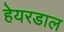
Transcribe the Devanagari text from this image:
हेयरडाल